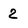
Character: 2